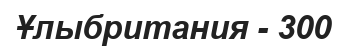
Ұлыбритания - 300